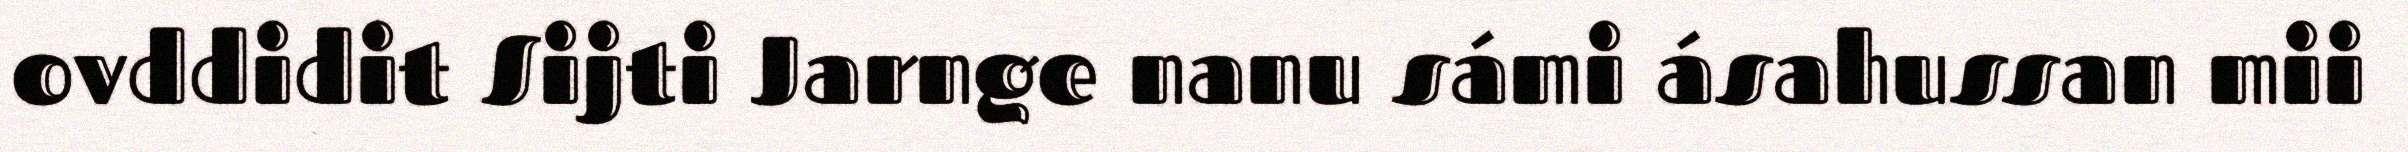
ovddidit Sijti Jarnge nanu sámi ásahussan mii